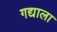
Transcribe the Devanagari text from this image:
गद्याला